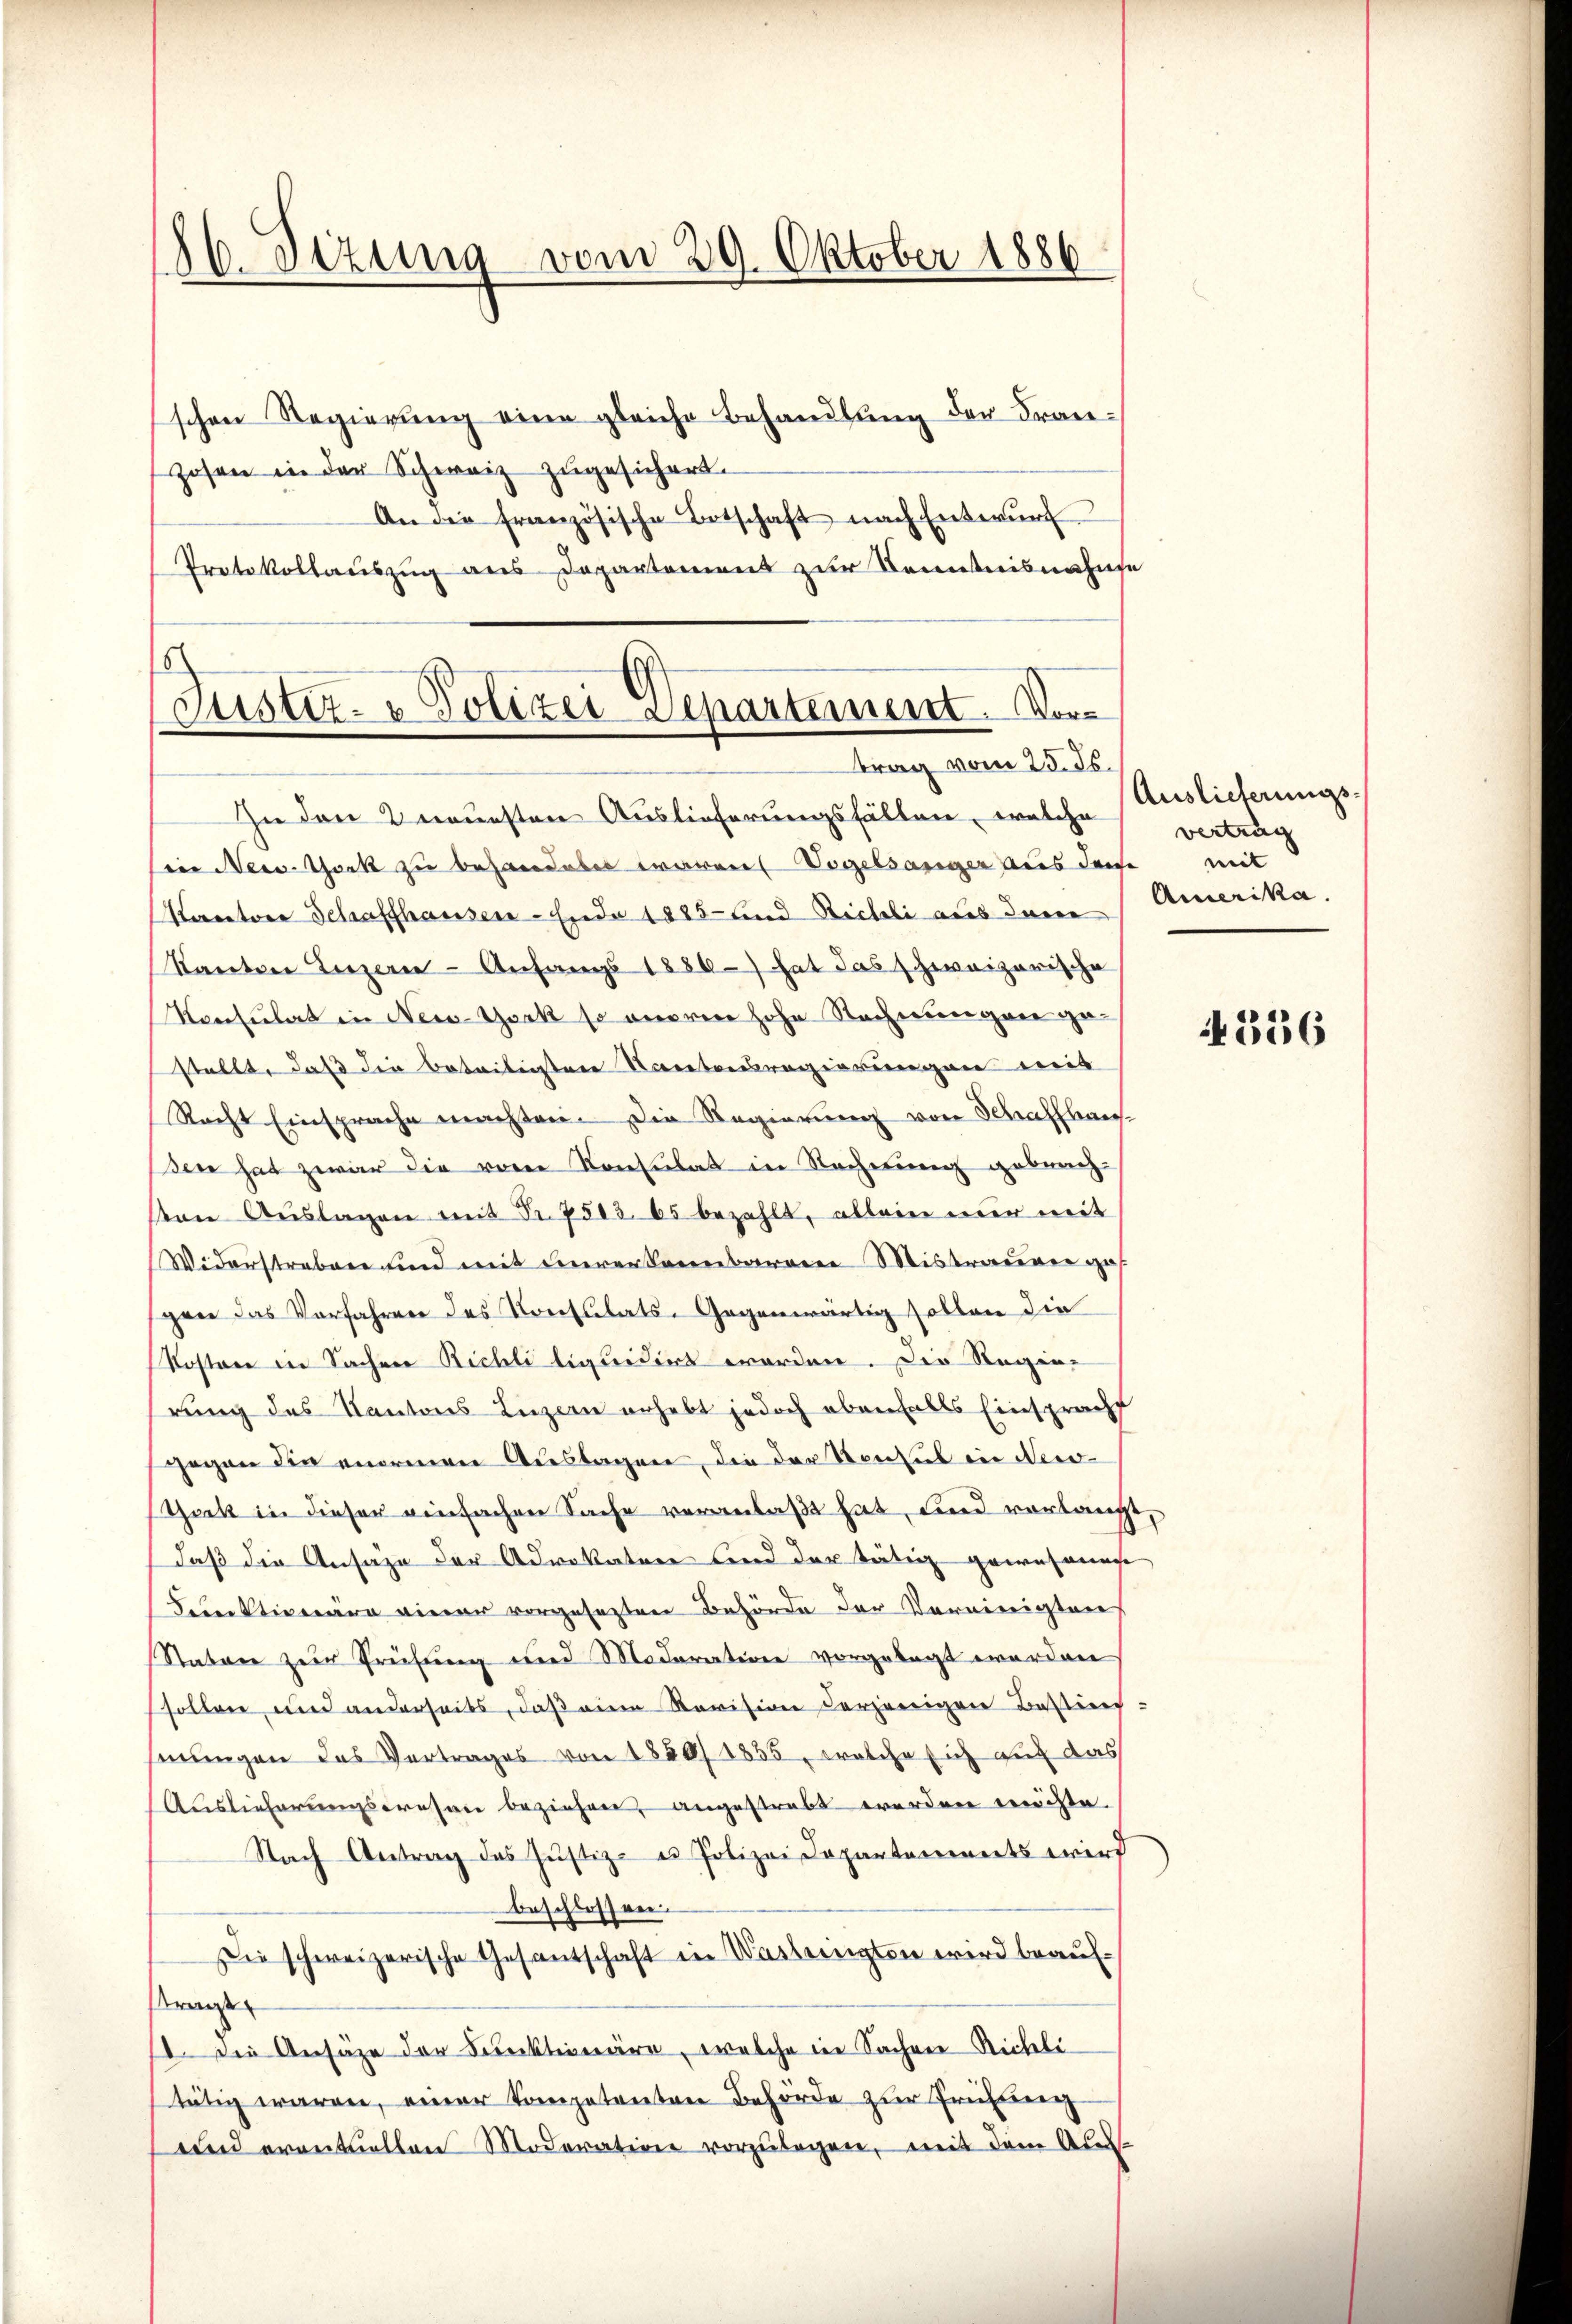
86. Dezung vom 29. Oktober 1886.

schen Regierung eine gleiche Behandlung der Franzosen in der Schweiz zugesichert.
An die französische Botschaft nach Entwŭrf
Protokollauszug aus Departement zur Kenntnisnahme
Justiz- & Polizei Departement. Vor¬

trag vom 25. ds.

In den 2 neuesten Auslieferungsfällen, welche
iin Nees-Thock zu behandebes waren Vogelsanger aus dene
Kantore Schaffhausen - Ende 1885 und Richeli aus deren
Kanton Luzern - Anfangs 1886 hat das schweizerische
Konsulat in New-York so anorene hohe Nachmungen gestellt, daß die beteiligten Nantonsregierungen mit
Recht Einsprache machten. Die Regierung von Schaffhauden hat zwar die von Konsulat in Rechnung gebrachvon Aŭslagen mit Fr. 7503. 65 bezahlt, allein nur mit
Widerstreben und mit dererkennbaren Mistrauen ges
pree das Vorfahren des Konsulats-Gegenwärtig sollen die
Kosten in Sachen Richli liquidirt worden. Die Regierung des Kantons Luzern erhebt jedoch ebenfalls Einspracht
gegen die enormen Auslagen, die der Konsul in New
Theck in dieser einfachen Sache veranlaßt hat, und vorlangt,
daß die Ansage der Advokaten und der tätig gewesenate
Ferektionäre einer vorgesezten Behörde der Vereinigten
Natone zur Prüfung und Modaration vorgelegt worden
sollen und anderseits, daβ eine Revision derjenigen Bestim-
sirungen das Vertrages von 1850/ 1855, welche sich auf das
Auslieferungswesen beziehen, angestrebt werden möchte.
Nach Antrag des Justiz- u Polizei Departements wird
beschlossen:
Die schweizerische Gesantschaft in Wastrington wird beauftrage
. Die Ansähe der Funktionäre, welche in Sachen Richli
tätig waren, einer Kompetenten Behörde zur Frühling
und erantellen Moderation vorzŭlegen, mit dem Aus-

Auslieferungsvertrag
mit
Amerika.

4556